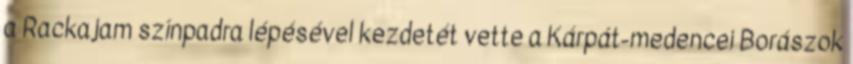
a Rackajam színpadra lépésével kezdetét vette a Kárpát-medencei Borászok